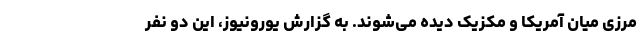
مرزی میان آمریکا و مکزیک دیده می‌شوند. به گزارش یورونیوز، این دو نفر